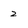
Character: 2